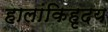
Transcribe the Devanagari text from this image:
हालांकिहृदय